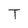
Character: T